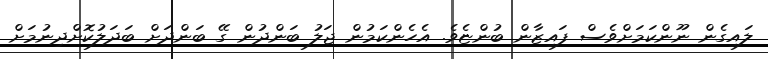
ލައިގެން ނޫންކަމަށްވެސް ފައިޒާން ބުންޏެވެ. އެހެންކަމުން ޖަލު ބަންދުން ގޭ ބަންދަށް ބަދަލުކޮށްދިނުމަށް